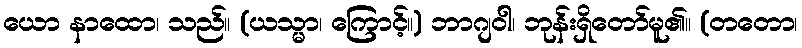
ယော နာထော၊ သည်။ (ယသ္မာ၊ ကြောင့်။) ဘာဂျဝါ၊ ဘုန်းရှိတော်မူ၏။ (တတော၊